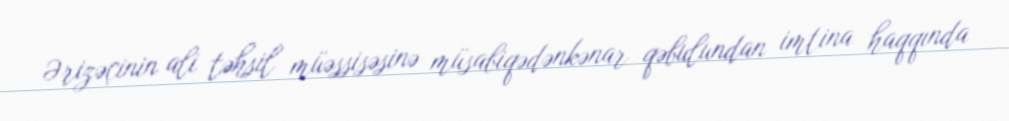
Ərizəçinin ali təhsil müəssisəsinə müsabiqədənkənar qəbulundan imtina haqqında